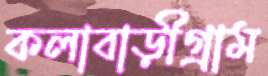
কলাবাড়ীগ্রাম